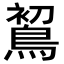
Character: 𪁲